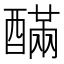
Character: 䤍